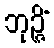
ဘုဉ္ဇိံ